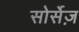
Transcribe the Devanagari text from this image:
सोर्सेज़